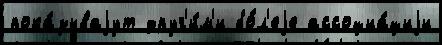
пока́зываjут друг'и́м'и бо́л'еjе ассоциа́циjи